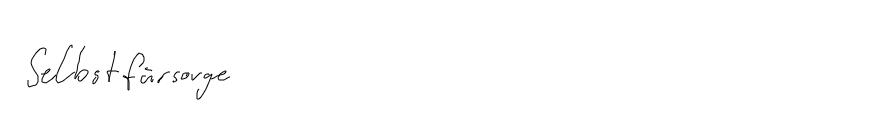
Selbstfürsorge